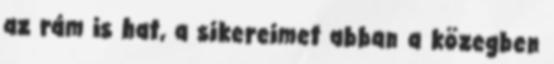
az rám is hat, a sikereimet abban a közegben